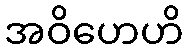
အဝိဟေဟိ